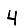
Digit: 4